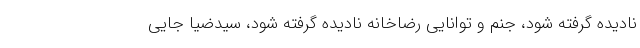
نادیده گرفته شود، جنم و توانایی رضاخانه نادیده گرفته شود، سیدضیا جایی